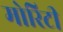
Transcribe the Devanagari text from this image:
मोरिटी